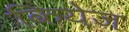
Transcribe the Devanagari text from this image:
कियेज